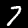
Label: 7